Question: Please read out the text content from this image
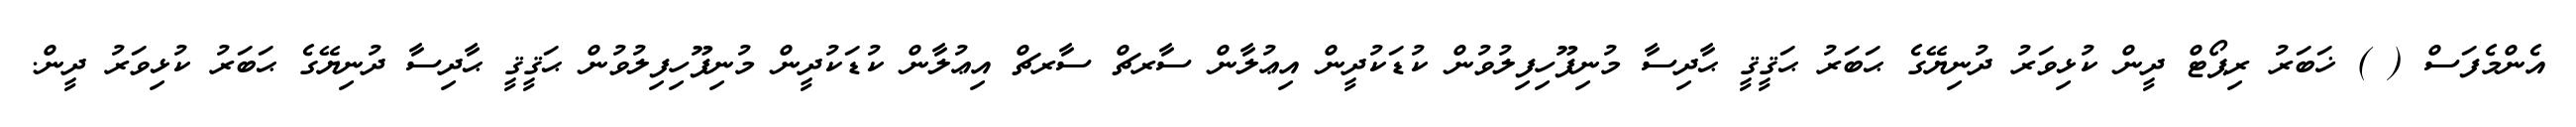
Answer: އެންމެފަސް ( ) ޚަބަރު ރިޕޯޓް ދީން ކުޅިވަރު ދުނިޔޭގެ ޙަބަރު ޙަޤީޤީ ޙާދިސާ މުނިފޫހިފިލުވުން ކުޑަކުދީން އިޢުލާން ސާރޗް ސާރޗް އިޢުލާން ކުޑަކުދީން މުނިފޫހިފިލުވުން ޙަޤީޤީ ޙާދިސާ ދުނިޔޭގެ ޙަބަރު ކުޅިވަރު ދީން.